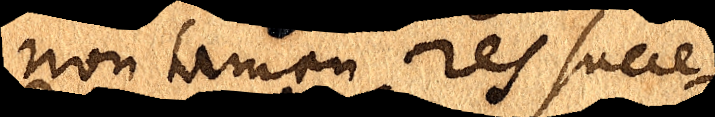
non tamen res succe-